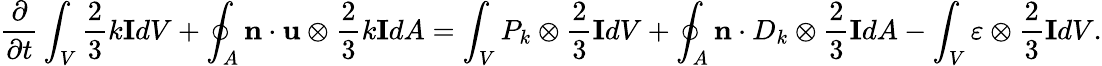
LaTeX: \frac{\partial}{\partial t}\int_{V}\frac{2}{3}k\mathbf{I}dV+\oint_{A}\mathbf{n}\cdot\mathbf{u}\otimes\frac{2}{3}k\mathbf{I}dA=\int_{V}P_{k}\otimes\frac{2}{3}\mathbf{I}dV+\oint_{A}\mathbf{n}\cdot D_{k}\otimes\frac{2}{3}\mathbf{I}dA-\int_{V}\varepsilon\otimes\frac{2}{3}\mathbf{I}dV.